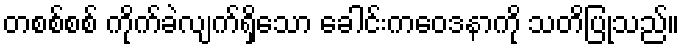
တစစ်စစ် ကိုက်ခဲလျက်ရှိသော ခေါင်းကဝေဒနာကို သတိပြုသည်။